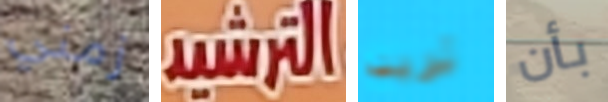
زمني الترشيد تريد بأن